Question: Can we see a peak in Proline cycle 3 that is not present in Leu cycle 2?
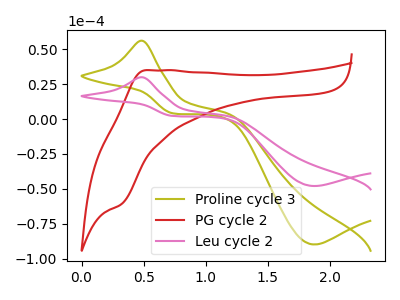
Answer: <think>The olive curve "Proline cycle 3" has an anodic peak at (0.50V, 56.10uA) and a cathodic peak at (1.85V, -89.85uA). The red curve "PG cycle 2" has an anodic peak at (0.50V, 34.95uA) and a cathodic peak at (0.30V, -61.05uA). The pink curve "Leu cycle 2" has an anodic peak at (0.50V, 29.95uA) and a cathodic peak at (1.85V, -47.95uA).
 All the peaks in "Proline cycle 3" have a peak in "Leu cycle 2" at the same potential. Every peak in "Proline cycle 3" is higher than every peak in "Leu cycle 2".</think>
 <answer>No, "Proline cycle 3" and "Leu cycle 2" don't appear to be significantly different in shape</answer>
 <eval>no_change</eval>